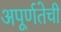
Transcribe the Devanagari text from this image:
अपूर्णतेची